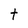
Character: t